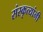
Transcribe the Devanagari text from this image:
संस्कृत्यांनी